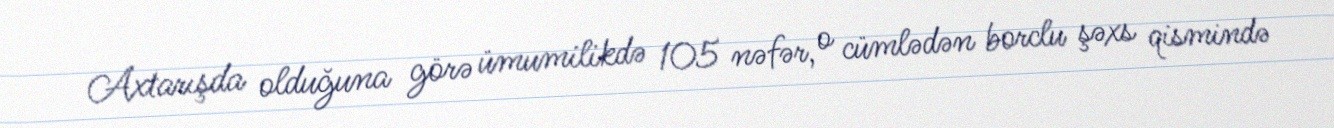
Axtarışda olduğuna görə ümumilikdə 105 nəfər, o cümlədən borclu şəxs qismində